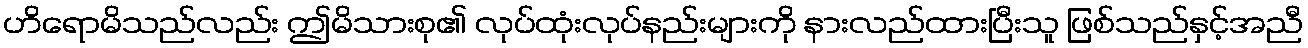
ဟိရောမိသည်လည်း ဤမိသားစု၏ လုပ်ထုံးလုပ်နည်းများကို နားလည်ထားပြီးသူ ဖြစ်သည်နှင့်အညီ